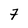
Character: 7